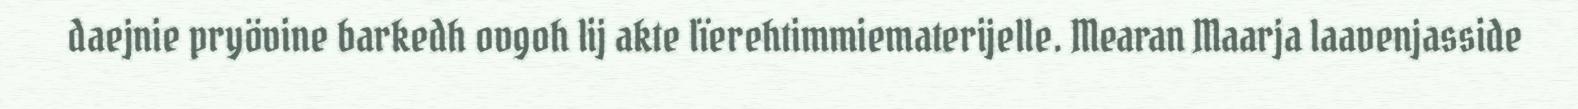
daejnie pryövine barkedh ovgoh lij akte lïerehtimmiematerijelle. Mearan Maarja laavenjasside